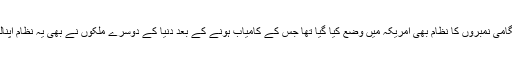
ہنگامی نمبروں کا نظام بھی امریکہ میں وضع کیا گیا تھا جس کے کامیاب ہونے کے بعد دنیا کے دوسرے ملکوں نے بھی یہ نظام اپنالیا۔